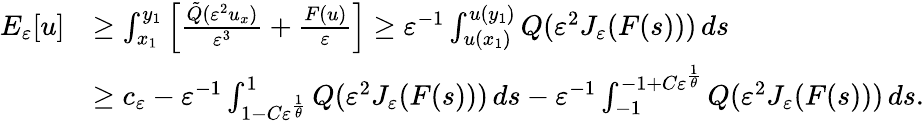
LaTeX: \begin{array}{rl}{E_{\varepsilon}[u]}&{\geq\int_{x_{1}}^{y_{1}}\left[\frac{\tilde{Q}(\varepsilon^{2}u_{x})}{\varepsilon^{3}}+\frac{F(u)}{\varepsilon}\right]\geq\varepsilon^{-1}\int_{u(x_{1})}^{u(y_{1})}Q(\varepsilon^{2}J_{\varepsilon}(F(s)))\, ds}\\ &{\geq c_{\varepsilon}-\varepsilon^{-1}\int_{1-C\varepsilon^{\frac 1{\theta}}}^{1}Q(\varepsilon^{2}J_{\varepsilon}(F(s)))\, ds-\varepsilon^{-1}\int_{-1}^{-1+C\varepsilon^{\frac 1{\theta}}}Q(\varepsilon^{2}J_{\varepsilon}(F(s)))\, ds.}\end{array}